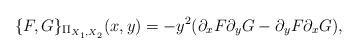
LaTeX: \begin{align*}\{F,G\}_{\Pi_{X_1,X_2}}(x,y)=-y^2(\partial_x F \partial_y G -\partial_y F \partial_x G),\end{align*}